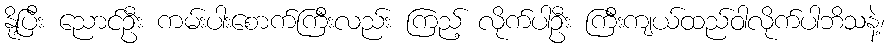
နို့ပြီး ညောင်ဦး ကမ်းပါးစောက်ကြီးလည်း ကြည့် လိုက်ပါဦး ကြီးကျယ်ထည်ဝါလိုက်ပါဘိသနဲ့၊